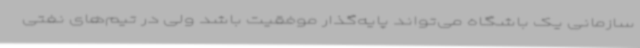
سازمانی یک باشگاه می‌تواند پایه‌گذار موفقیت باشد ولی در تیم‌های نفتی